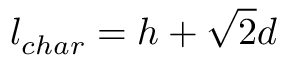
l _ { c h a r } = h + \sqrt { 2 } d